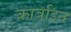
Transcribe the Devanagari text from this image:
कार्बाइन